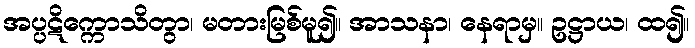
အပ္ပဋိက္ကောသိတွာ၊ မတားမြစ်မူ၍။ အာသနာ၊ နေရာမှ။ ဥဋ္ဌာယ၊ ထ၍။